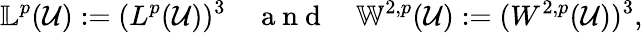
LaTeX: \mathbb{L}^{p}(\mathcal{U}):=(L^{p}(\mathcal{U}))^{3}\quad\mathrm{~a~n~d~}\quad\mathbb{W}^{2,p}(\mathcal{U}):=(W^{2,p}(\mathcal{U}))^{3},